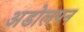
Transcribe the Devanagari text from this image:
अडोलपन